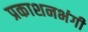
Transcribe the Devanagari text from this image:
प्रकाशनभंगी